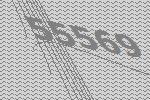
55569